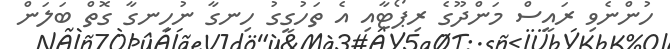
ހުންނެވި ރައީސް މަންދޫގެ ރިޕޯޓާއި އެ ތަހުގީގު ހިނގާ ނުހިނގާ ގޮތް ބަލަން